Vital statistics of India. Vol. IV, Annual returns from 1871 to 1876. British Army of India, Native Army and jails of Bengal
Year: 1871
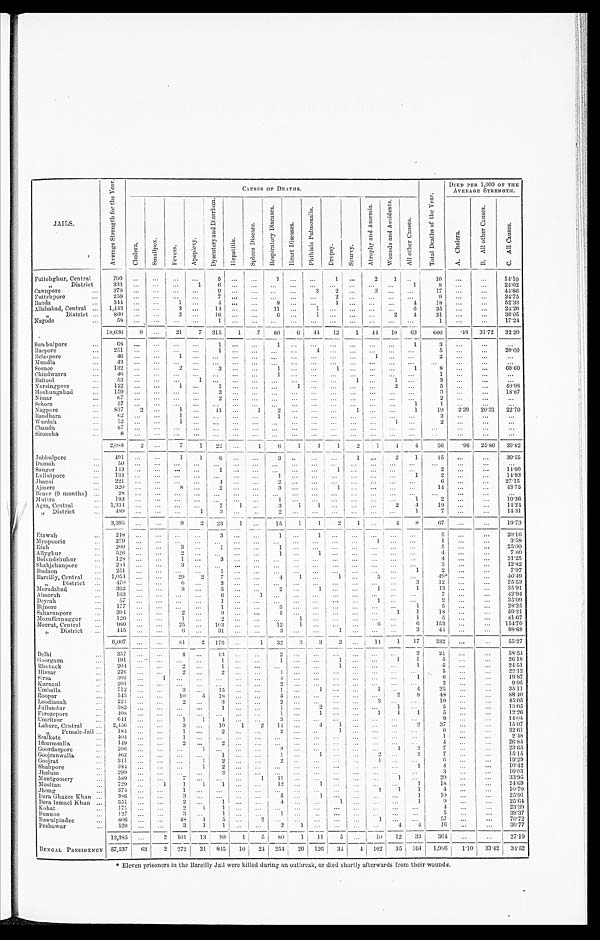
JAILS.
A v e r a g e S t r e n g t h o f t h e y e a r .
C A U S E S O F D E A T H S .
DIED PER 1,000 OF THE
AVERAGE STRENGTH.
C h o l e r a .
S m a l l p o x .
F e v e r s . A p o p l e x y .
D y s e n t e r y a n d D i a r r h o e a .
H e p a t i t i s .
S p l e e n D i s e a s e . R e s p i r a t o r y D i s e a s e s .
H e a r t D i s e a s e s . P h t h i s i s a n d P u l m o n a l i s .
D r o p s y . Scurvy.
A t r o p h y a n d A n æ m i a .
W o u n d s a n d C a u s e s .
A l l O t h e r C a u s e s .
T o t a l D e a t h s o f t h e Y e a r .
A . C h o l e r a .
B . A l l O t h e r C a u s e s .
C . A l l C a u s e s .
F u t t e h g h u r , C e n t r a l
7 0 9
... ...
. . .
. . . 5 ...
. . .
1
. . .
. . . 1 ...
2 1 .. . . 10 ...
...
14.10
" D i s t r i c t
333 ... ...
. . . 1 6 ...
. . .
. . .
. . .
. . . . . . ... ... ... 1
8 ... ...
24.02
C a w n p o r e . . .
3 7 9 ... ...
. . .
...
9 ...
. . .
. . .
. . . 3 2 ...
3 ... . . . 17 ...
...
44.86
Futtehpore
...
2 5 9 ... ...
. . .
. . . 7 ...
. . .
. . .
. . . . . . 2 ... ... ... ... . . .
9 ...
... 34.75
Banda
...
3 4 4 ... ...
1 ...
4 ... ...
8
. . . . . . 1 ... ... ...
4
18 ...
... 52.33
Allahabad, Central ... 1,443 ... ...
3 ...
1 4
... ... 11 ...
1 . . . ... ... ... 6
35 ...
...
24.26
" " " " " , , " " D i s t r i c t
. . .
860 ... ...
2
. . . 1 6
... ...
6
. . . 1 . . . ... ...
2 4
31 ...
...
36.05
Nagode ...
5 8 ...
. . . . . .
. . . 1 ... ...
. . .
. . . . . .
. . . ... ... ... . . . . . . 1 ...
...
17.24
18,636
9 ... 21 7
3 1 5 1 7 60
6 44 12 1 44 10 63 600
. 4 8 31.72 32.20
Sumbulpore ...
6 8
. . .
... . . .
...
1 ... ...
1 . . .
. . .
... ... ... ...
1
3 ... ... ...
Raepore ...
2 5 1
. . .
...
. . .
. . . 1 ... ...
. . . . . .
4
. . .
... ... ...
. . .
5 ... ... 20.00
Belaspore ... 4 6 ... ...
1
. . . . . . ... ...
. . . . . .
. . .
. . .
... 1 ... ...
2 ... ...
...
Mundla ...
4 3 ... ...
. . .
. . . . . . ... ... ... ... ... ... ... ... ... ... ...
...
... ...
Seonee ...
132 ... ...
2
. . . 3 ... ...
1
. . .
. . .
1 ... ... ... 1
8 ...
... 60.60
Chindwarra
...
4 6 ... ...
. . .
. . . . . . ... ... 1 ...
. . .
. . .
... ... ...
. . . 1 ...
...
...
Baitool ...
5 3 ... ...
. . .
1 . . . ... ...
. . .
. . .
. . .
. . .
1 ... 1 ...
3 ... ... ...
Nursingpore ...
1 2 2 ... ... 1 ...
1 ... ...
. . . 1
. . .
. . .
... ... 2 ...
5 ... ... 40.98
Hoshungabad ... 159 ... ... . . .
...
3 ... ...
. . .
. . .
. . .
. . .
... ... ... ...
3
...
...
18.87
Nimar ...
6 7 ... ...
. . .
. . . 2 ... ...
. . .
. . .
. . .
. . .
... ... ...
. . . 2 ... ...
...
Sehor e . . .
57 ... ... . . .
... ... ... ... ... ... ... ... ... ... ...
1
1 ...
...
...
Nagpore ... 837 2 ... 1 ... 11 ...
1
2
. . .
. . .
. . . 1 ... ...
1
1 9
2.39 20.31 22.70
B a n d h a r a . . .
6 2
... ...
1
. . . . . . ... ...
1
. . .
. . .
. . .
... ... ...
. . . 2 1 ...
...
...
Wurdah
...
5 2
... ...
1
. . .
... ... ... . . . ... ... ... ... ...
1 ...
2 ...
...
...
Chanda
...
8 7
... ...
. . .
. . . . . .
... ...
. . .
. . .
. . .
. . .
... ... ...
. . . ...
...
...
...
Si r o n c h a . . .
8 ... ...
. . .
. . . . . .
... ... ...
. . .
. . . . . . ... ... ...
. . . . . .
...
...
...
2 , 0 8 8 2 ...
7
1 22 ...
1
6 1
4 1
2 1
4 4
5 6
. 96 25.86 26.82
Jubbulpore ... 491 ... ...
1 1 6 ... ... 3 ... ... ...
1 ...
2 1
15 ...
...
30.55
Dumoh ...
50 ... ... . . .
. . .
... ... ... ... ... ... ... ... ... ... ... . . .
...
..
...
Saugor ...
143 ... ... . . .
...
1 ... ... ... ... ...
1 ... ... ...
. . . 2 ...
...
14.00
Lullutpore
... 134 ... ... . . .
. . .
... ... ...
1
. . .
. . .
. . .
... ... ...
1
2 ...
...
14.93
Jhansi ...
221 ... ... ... ...
4 ... ...
2
. . .
. . .
. . .
... ... ...
. . .
6 ... ... 27.15
Ajmere ...
320 ... ...
8 . . .
2 ... ...
3
. . .
. . .
1 ... ... ...
. . . 14 ...
...
43.75
Beaur (9 months) ...
2 8 ... ...
. . . . . .
. . .
... ...
. . .
. . . . . . ... ... ... ... ...
...
...
...
...
Muttra
...
1 9 3 ... ...
. . . . . .
. . .
... ...
1
. . .
. . .
. . .
... ... ...
1 2 ...
...
10.36
Agra, Cent ral . . .
1 , 3 3 4 ... ...
. . . . . . 7 1 ...
3 1 1 ... ... ...
2 4
19 ...
...
14.24
" District ...
4 8 9 ... ...
. . . 1
3 ... ..
2
. . .
. . .
. . .
... ...
...
1
7 ...
...
14. 31
3,395 ... ...
9 2 23 1 ... 15 1 1
2 1 ... 4 8
67 ...
...
1 9 . 7 3
Etawah ...
2 4 8 ... ...
. . .
. . .
3 ... ...
1 ...
1 ... ... ... ... ...
5 ...
...
20.16
Mynpoorie ...
2 7 9 ... ...
. . .
. . .
. . .
... ...
. . . . . .
. . .
. . .
... 1 ...
. . .
1 ...
. . .
3.58
Etah ...
200 ... ...
3
. . .
1 ... ...
1 . . .
. . .
. . .
... ...
5
. . .
...
25.00
Allyghur
... 526 ... ...
2
. . .
. . .
... ...
1 ...
1
. . .
... ... ...
. . .
4 ...
...
760
Bolundshuhur
... 128 ... ...
1 ...
3 ... ...
. . . . . .
. . .
. . .
... ... ...
. . .
4 ...
...
31.5
Shahjehanpore ... 234 ... ...
3 . . .
. . .
... ...
. . . . . .
. . .
. . .
...
. . . ... . . .
3 ...
...
12.8
Budaon ...
2 5 1 ... ...
. . . . . .
1 ... ...
. . . . . .
. . .
. . .
... ... ...
1
2 ...
...
7.97
Bareilly, Central ... 1,054 ... ... 29 2
7 ... ...
4 1 ...
1 ... 5 ...
. . . 49 ‫٭‬ ...
... 46.49
" D i s t r i c t
. . .
4 7 0 ... ...
6 ...
3 ... ...
. . .
. . .
. . . . . . ... ... ...
3
12 ...
... 25.53
Moradabad ... 36 ... ...
3 ...
5 ... ...
2
. . .
1 . . . ...
1 ...
1
13 ...
...
35.91
Almorah ... 163 ... ... ... ...
6 ...
1 ... . . .
. . . ... ... . . . . . . . . .
7 ...
...
4 2 . 9 4
Deyrah ...
5 7 ... ...
. . .
. . .
1 ...
. . .
. . . . . .
. . .
. . .
... 1 ...
. . .
2 ...
. . . 35.09
Bijnore
...
1 7 7 ... ...
. . .
. . .
1 ...
. . .
3 . . .
. . .
. . .
...
. . . ... 1
5
. . .
...
28.5
Saharunpore ... 304 ... ...
2
. . .
9 ...
. . .
5 . . .
. . .
. . . ... ...
1 1
18 ...
... 59.21
Mozuffernuggur ...
1 2 0 ... ...
1
. . . 2 ... ...
. . . 1
. . .
. . .
... ... ... 1
5 ...
... 41.67
Meerut, Central ... 989 ... ... 25 ... 103 ... ... 12
1
. . .
. . .
...
6 . . .
6 153 ...
... 154.70
" D i s t r i c t
. .
4 4 5 ... ...
6 . . .
3 1
... ...
3 ... ... 1 ... ... ...
3
4 4 ...
... 98.88
6 , 0 0 7 ... ; ... 81
2 176 . . . 1
3 2 3 3 2 ... 14 1 17
3 3 2 ...
...
55.27
Delhi
...
3 5 7 ... ...
4 . . . 13 ... ...
2 . . .
. . .
. . .
... ... ...
2 21
. . .
. . . 58.54
G o o r g a o n
. . . 191 ... ... . . . . . .
1 ... ...
1
. . .
. . .
1 ... ... 1 1
5 1 . . .
. . . 26.18
R h o t u c k . . . 204 ... ...
2 . . .
1 ... ...
. . .
. . .
. . . 1 ... ... ...
1
5 ...
...
24. 51
Hi s s a r
... ...
2 2 6 . . . ...
2 . . .
2 ... ...
1
. . .
. . .
. . .
... ... ...
. . .
5 ...
. . . 22.21
S i r s a
. . . 302 . . .
1 ... ... ... ... ...
4
. . .
. . .
. . .
... ... ...
1
6 ...
...
19.87
Kurnaul
. . . 201 . . . . . . ... ... ...
. . .
...
2 ... ... ... ... ... ... . . .
2 ...
...
9. 95
Umballa
...
7 1 2 ...
. . . 3 ...
1 5
. . .
...
1
. . .
1
. . . ...
1 ...
4
2 5 ...
...
35. 11
R o o p a r
. . . 543 ... ... 10 5 18 ... ..
5
. . .
. . .
. . . ... ...
2 8
48 ...
...
88.40
Loodianah
. . .
2 2 2 ...
. . . 2 . . .
3 ... ...
2
. . .
. . .
. . . ... 3
...
. . . 10 ...
...
45.05
Jullundur
... 383 ... ... ... ...
1 ... ...
1 ...
2
. . . ... ...
1 . . .
5 ...
. . . 13.05
F e r o z e p o r e
. . .
4 0 8 ...
. . .
. . . . . .
. . .
... ...
1 ...
1
. . . ...
1
1 1
5 ...
...
12. 26
Umritsur
... 641 . . . ...
1
1
4 ... ...
3 . . .
. . .
. . . ... ...
... . . .
9 ...
...
14.04
Lahore, Central
. . . 2,456 ... ...
3 . . .
10 1
2
1 4 ...
4 1 ... ... ...
2
37 ...
...
15. 07
" F e m a l e J a i l . . . 184 .. ...
1 ...
2 . . .
. . . 2 ...
. .
1 ... ... ... 2
6
. . .
...
3 2 . 6 1
Seal kot e
... 404 ... ...
1 . . .
. . . . . .
. . .
. . . . . .
. . . . . . ... ... ...
. . .
1 ...
... 2.48
Dhur msal l a . . .
149 ... ...
2 ...
2 . . .
. . .
. . . . . .
. . . . . . ... ... ...
. . .
4 ...
. . .
26. 85
G o o r d a s p o r e . . .
2 9 6
...
. . .
. . . 1
. . . . . .
. . .
3 . . .
. . . . . . ... ...
1 2
7 ...
. . .
23. 65
Goojranwalla
. . .
4 6 2
...
. . .
. . . . . .
1 . . .
. . . 1 ...
1 . . . ...
2 ...
2
7 ...
...
15. 15
Goojrat
... 311 ... ... ...
1
2 . . .
. . . 2 .. ...
. . . ... 1
...
. . . 6 ...
. . . 19.29
Shahpore
... 384 ... ... ...
1
2 . . .
. . .
. . . . . .
. . .
. . . ... ... ...
1 4
...
. . . 10.42
Jhelum
...
2 9 9
...
. . .
. . .
. . . 3 ... ... ... ... ...
. . . ... ... ... . . .
3 ...
• ... 10.03
Montgomery
... 589 ... ...
7
. . .
. . .
...
1 11 ...
. . .
. . .
. . .
. . .
1 ...
20 ...
...
33. 95
Mooltan
... 729 ...
1 1 1
1 ...
. . . 12 ...
1 ... ... ... ... 1
18 ...
...
24.69
Jhung
... 374 ... ...
1 . . .
. . .
...
. . .
. . . . . .
. . .
. . . ... 1
1 1
4 ...
. . .
10.7.
Dera Ghazee Khan ... 386 ...
. . .
3 . . .
. . .
...
. . .
5 . . .
1
. . . ... ... ... 1
10 ...
...
25. 91
Dera Ismael Khan . . . 351 ... ...
2 . . .
1 ...
. . .
4 . . .
. . . 1 ... ... ...
1
9 i ...
... 25.64
Kohat
. . . 171 ... ...
2 1 1 . . . ...
. . . ... ... ...
. . .
. . .
. . . ...
4 ...
...
23. 39
Bunnoo
. . .
1 2 7
...
. . . 3 . . .
1 ...
. . .
1
. . .
. . .
. . . ... ... ...
. . .
5 ...
...
39. 37
Rawulpindee
... 806 ... ... 48 1
5 ...
2 ... ... ... ... ... 1 ... . . .
5 7 ...
...
70. 72
Peshawar
. . . 520 ...
. . . 3 1
1 ...
. . . 2
1
. . .
. . . ... ... 4 4
16 ...
... 30.77
13,385 ...
2 101 13 90 1 5 80 1 11
5 ... 10 12 33
3 6 4 ...
...
27.19
BENGAL PRESIDENCY 57,537 63 2 272 31 815 10 2 4
254 20 126 34
4 102 35
1 6 4 1,986 1.10 I 33.42 34.52
Eleven prisoners in the Bareilly Jail were killed during an outbreak, or died shortly afterwards front their wounds.